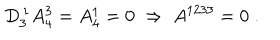
D _ { 3 } ^ { \, 1 } A _ { 4 } ^ { 3 } = A _ { 4 } ^ { 1 } = 0 \ \Rightarrow \ A ^ { 1 2 3 3 } = 0 \; .